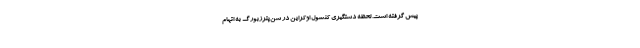
پيش گرفته است. لحظه دستگیری کنسول اوکراین در سن‌پترزبورگ به اتهام